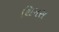
થિમસ